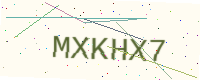
Text: MXKHX7